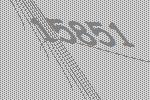
15851